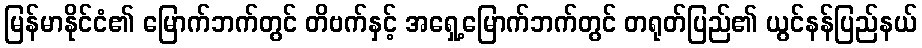
မြန်မာနိုင်ငံ၏ မြောက်ဘက်တွင် တိဗက်နှင့် အရှေ့မြောက်ဘက်တွင် တရုတ်ပြည်၏ ယွင်နန်ပြည်နယ်